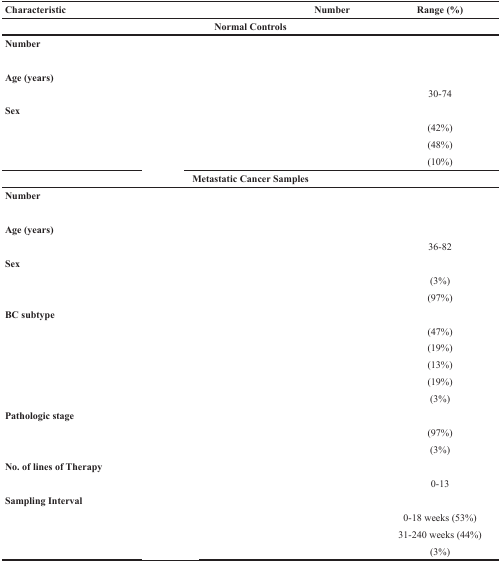
<table><thead><tr><td><b>Characteristic</b></td><td>[EMPTY_CELL]</td><td><b>Number</b></td><td><b>Range (%)</b></td></tr></thead><tbody><tr><td colspan="4"><b>Normal Controls</b></td></tr><tr><td colspan="4"><b>Number</b></td></tr><tr><td>[EMPTY_CELL]</td><td>[EMPTY_CELL]</td><td>[EMPTY_CELL]</td><td>[EMPTY_CELL]</td></tr><tr><td colspan="4"><b>Age (years)</b></td></tr><tr><td>[EMPTY_CELL]</td><td>[EMPTY_CELL]</td><td>[EMPTY_CELL]</td><td>30-74</td></tr><tr><td colspan="4"><b>Sex</b></td></tr><tr><td>[EMPTY_CELL]</td><td>[EMPTY_CELL]</td><td>[EMPTY_CELL]</td><td>(42%)</td></tr><tr><td>[EMPTY_CELL]</td><td>[EMPTY_CELL]</td><td>[EMPTY_CELL]</td><td>(48%)</td></tr><tr><td>[EMPTY_CELL]</td><td>[EMPTY_CELL]</td><td>[EMPTY_CELL]</td><td>(10%)</td></tr><tr><td colspan="4"><b>Metastatic Cancer Samples</b></td></tr><tr><td colspan="4"><b>Number</b></td></tr><tr><td>[EMPTY_CELL]</td><td>[EMPTY_CELL]</td><td>[EMPTY_CELL]</td><td>[EMPTY_CELL]</td></tr><tr><td colspan="4"><b>Age (years)</b></td></tr><tr><td>[EMPTY_CELL]</td><td>[EMPTY_CELL]</td><td>[EMPTY_CELL]</td><td>36-82</td></tr><tr><td colspan="4"><b>Sex</b></td></tr><tr><td>[EMPTY_CELL]</td><td>[EMPTY_CELL]</td><td>[EMPTY_CELL]</td><td>(3%)</td></tr><tr><td>[EMPTY_CELL]</td><td>[EMPTY_CELL]</td><td>[EMPTY_CELL]</td><td>(97%)</td></tr><tr><td colspan="4"><b>BC subtype</b></td></tr><tr><td>[EMPTY_CELL]</td><td>[EMPTY_CELL]</td><td>[EMPTY_CELL]</td><td>(47%)</td></tr><tr><td>[EMPTY_CELL]</td><td>[EMPTY_CELL]</td><td>[EMPTY_CELL]</td><td>(19%)</td></tr><tr><td>[EMPTY_CELL]</td><td>[EMPTY_CELL]</td><td>[EMPTY_CELL]</td><td>(13%)</td></tr><tr><td>[EMPTY_CELL]</td><td>[EMPTY_CELL]</td><td>[EMPTY_CELL]</td><td>(19%)</td></tr><tr><td>[EMPTY_CELL]</td><td>[EMPTY_CELL]</td><td>[EMPTY_CELL]</td><td>(3%)</td></tr><tr><td colspan="4"><b>Pathologic stage</b></td></tr><tr><td>[EMPTY_CELL]</td><td>[EMPTY_CELL]</td><td>[EMPTY_CELL]</td><td>(97%)</td></tr><tr><td>[EMPTY_CELL]</td><td>[EMPTY_CELL]</td><td>[EMPTY_CELL]</td><td>(3%)</td></tr><tr><td colspan="4"><b>No. of lines of Therapy</b></td></tr><tr><td>[EMPTY_CELL]</td><td>[EMPTY_CELL]</td><td>[EMPTY_CELL]</td><td>0-13</td></tr><tr><td colspan="4"><b>Sampling Interval</b></td></tr><tr><td>[EMPTY_CELL]</td><td>[EMPTY_CELL]</td><td>[EMPTY_CELL]</td><td>0-18 weeks (53%)</td></tr><tr><td>[EMPTY_CELL]</td><td>[EMPTY_CELL]</td><td>[EMPTY_CELL]</td><td>31-240 weeks (44%)</td></tr><tr><td>[EMPTY_CELL]</td><td>[EMPTY_CELL]</td><td>[EMPTY_CELL]</td><td>(3%)</td></tr></tbody></table>